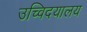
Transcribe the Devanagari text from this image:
उच्विदयालय